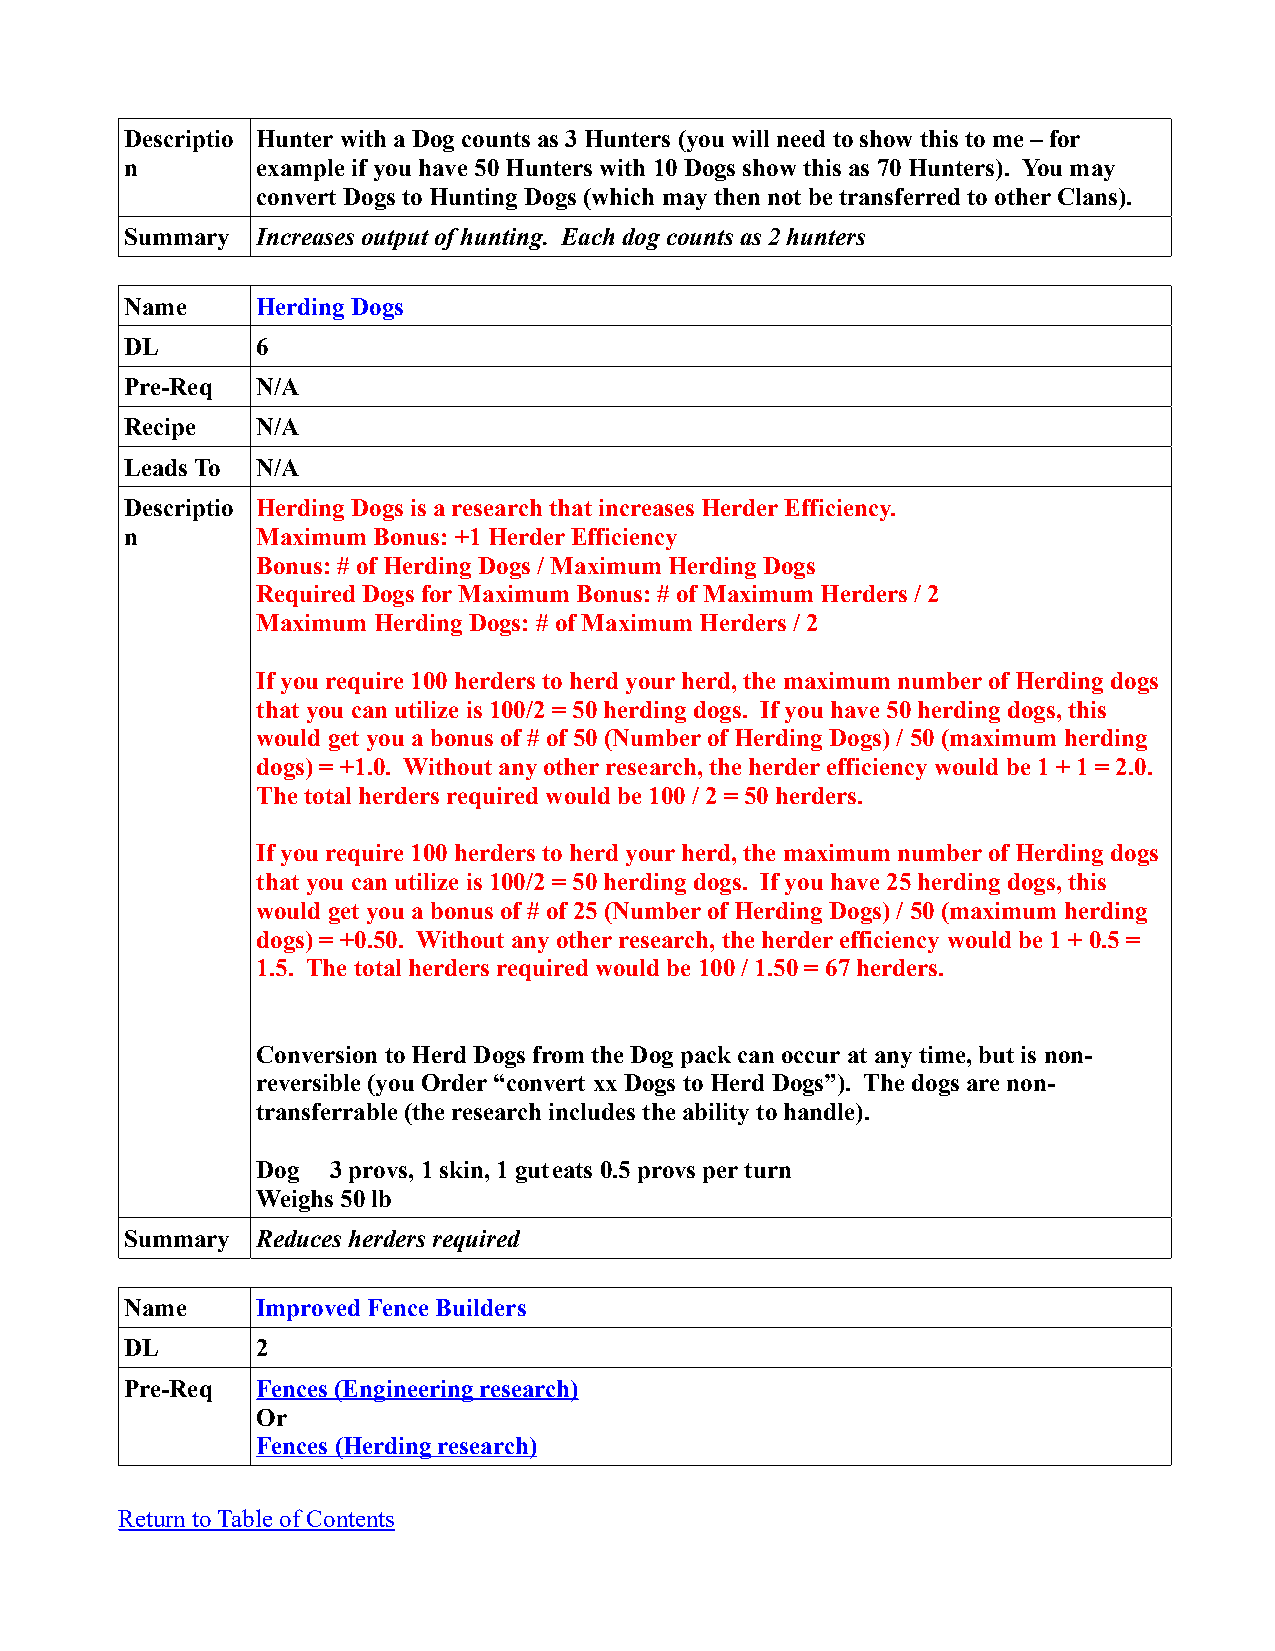
Descriptio Hunter with a Dog counts as 3 Hunters (you will need to show this to me – for
 n        example if you have 50 Hunters with 10 Dogs show this as 70 Hunters). You may
 convert Dogs to Hunting Dogs (which may then not be transferred to other Clans).
 Summary  Increases output of hunting. Each dog counts as 2 hunters
 Name     Herding Dogs
 DL       6
 Pre-Req  N/A
 Recipe   N/A
 Leads To N/A
 Descriptio Herding Dogs is a research that increases Herder Efficiency.
 n        Maximum Bonus: +1 Herder Efficiency
 Bonus: # of Herding Dogs / Maximum Herding Dogs
 Required Dogs for Maximum Bonus: # of Maximum Herders / 2
 Maximum Herding Dogs: # of Maximum Herders / 2
 If you require 100 herders to herd your herd, the maximum number of Herding dogs
 that you can utilize is 100/2 = 50 herding dogs. If you have 50 herding dogs, this
 would get you a bonus of # of 50 (Number of Herding Dogs) / 50 (maximum herding
 dogs) = +1.0. Without any other research, the herder efficiency would be 1 + 1 = 2.0.
 The total herders required would be 100 / 2 = 50 herders.
 If you require 100 herders to herd your herd, the maximum number of Herding dogs
 that you can utilize is 100/2 = 50 herding dogs. If you have 25 herding dogs, this
 would get you a bonus of # of 25 (Number of Herding Dogs) / 50 (maximum herding
 dogs) = +0.50. Without any other research, the herder efficiency would be 1 + 0.5 =
 1.5. The total herders required would be 100 / 1.50 = 67 herders.
 Conversion to Herd Dogs from the Dog pack can occur at any time, but is non-
 reversible (you Order “convert xx Dogs to Herd Dogs”). The dogs are non-
 transferrable (the research includes the ability to handle).
 Dog  3 provs, 1 skin, 1 guteats 0.5 provs per turn
 Weighs 50 lb
 Summary  Reduces herders required
 Name     Improved Fence Builders
 DL       2
 Pre-Req  Fences (Engineering research)
 Or
 Fences (Herding research)
 Return to Table of Contents